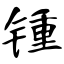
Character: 锺